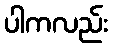
ပါကလည်း